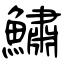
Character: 鱐